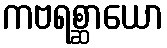
ကဗရစ္ဆာယော